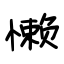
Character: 懒